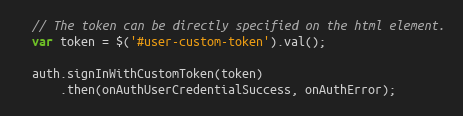
Language: JavaScript
  // The token can be directly specified on the html element.
  var token = $('#user-custom-token').val();

  auth.signInWithCustomToken(token)
      .then(onAuthUserCredentialSuccess, onAuthError);